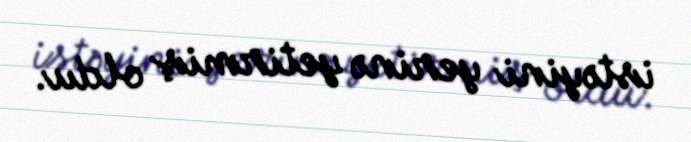
istəyini yerinə yetirmiş oldu.